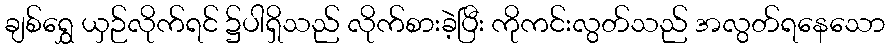
ချစ်ရွှေ ယှဉ်လိုက်ရင် ၌ပါရှိသည် လိုက်စားခဲ့ပြီး ကိုကင်းလွတ်သည် အလွတ်ရနေသော